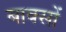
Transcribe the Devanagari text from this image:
बाक्सों